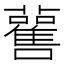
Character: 𧃼